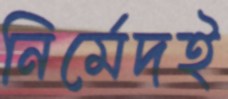
নির্মেদই